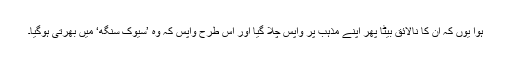
ہوا یوں کہ اُن کا نالائق بیٹا پھر اپنے مذہب پر واپس چلا گیا اور اس طرح واپس کہ وہ ’سیوک سنگھ‘ میں بھرتی ہوگیا۔